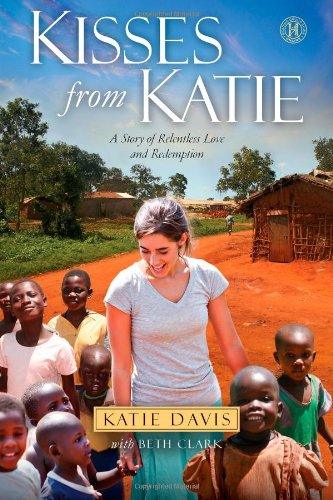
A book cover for Kisses from Katie: A Story of Relentless Love and Redemption; Katie J. Davis; Politics & Social Sciences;